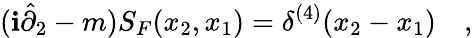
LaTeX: (\mathbf{i}\hat{{\partial}}_{2}-m)S_{F}(x_{2},x_{1})=\delta^{(4)}(x_{2}-x_{1})\quad,